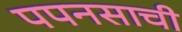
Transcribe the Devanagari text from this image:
पपनसाची